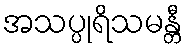
အသပ္ပုရိသမန္တီ